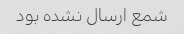
شمع ارسال نشده بود